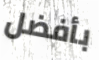
بأفضل